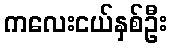
ကလေးငယ်နှစ်ဦး